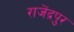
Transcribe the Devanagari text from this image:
राजेंद्रपुर